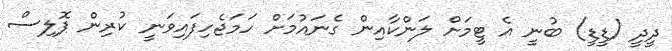
ދީދީ (ޑީޑީ) ބުނީ އެ ޓީމަށް ލަންކާއިން ގެނައުމަށް ހަމަޖެހިފައިވަނީ ކުރިން ޕޮލިސް